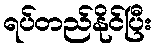
ရပ်တည်နိုင်ပြီး